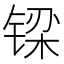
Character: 𮸓